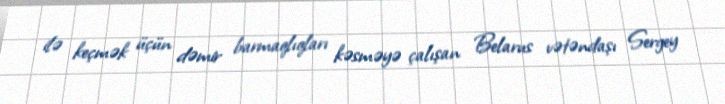
ilə keçmək üçün dəmir barmaqlıqları kəsməyə çalışan Belarus vətəndaşı Sergey